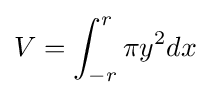
V=\int _{-r}^{r}\pi y^{2}dx